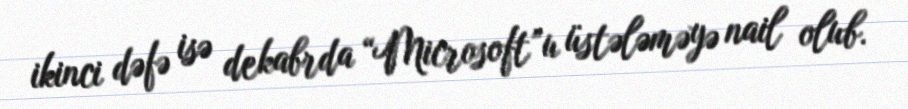
ikinci dəfə isə dekabrda “Microsoft”u üstələməyə nail olub.